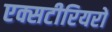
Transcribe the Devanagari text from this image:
एक्सटीरियरों